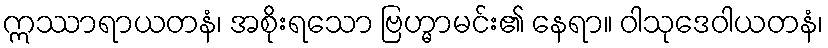
ဣဿာရာယတနံ၊ အစိုးရသော ဗြဟ္မာမင်း၏ နေရာ။ ဝါသုဒေဝါယတနံ၊